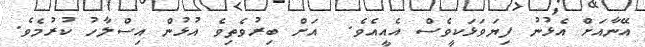
އޭނާއަށް އެޅުނު ފިޔަވަޅަކީވެސް އެއީއެވެ.  އަށް ބިރުވެތިވެ އުޅުން އިސްލާހު ކުރުމެވެ.